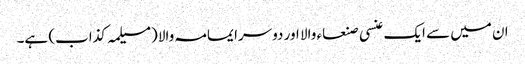
ان میں سے ایک عنسی صنعاء والا اور دوسرا یمامہ والا (مسیلمہ کذاب) ہے۔